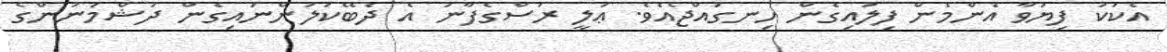
އެކަކު ފިޔަވާ އެންމެން ފިލައިގެން ހިނގައްޖެއެވެ. ޢަލީ ރަސްގެފާނު އެ ދެބޭކަލުންނައިގެން ދުޝްމަނުންގެ